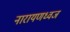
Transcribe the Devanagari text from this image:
नारायणध्वज